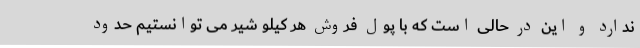
ندارد و این در حالی است که با پول فروش هر کیلو شیر می توانستیم حدود